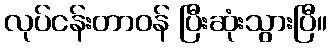
လုပ်ငန်းတာဝန် ပြီးဆုံးသွားပြီ။